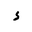
Letter: _hamza